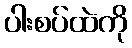
ပါးစပ်ထဲကို